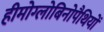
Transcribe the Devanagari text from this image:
हीमोग्लोबिनोपैथियों